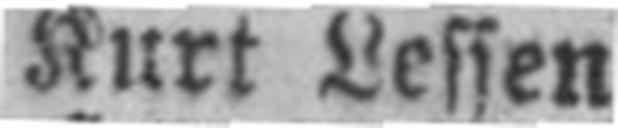
Kurt Lessen